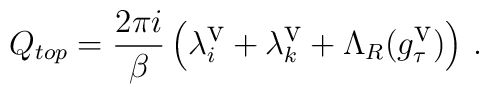
Q_{top}=\frac{2\pi i}{\beta }\left( \lambda ^{\mbox {v}}_{i}+\lambda _{k}^{\mbox {v}}+\Lambda _{R}(g_{\tau }^{\mbox {v}})\right) \, .